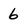
Character: 6